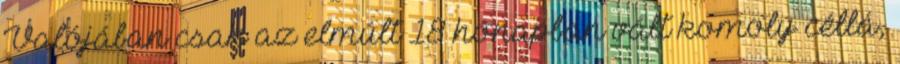
Valójában csak az elmúlt 18 hónapban vált komoly céllá,